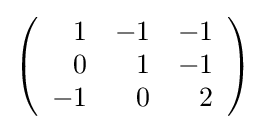
{\textstyle \left({\begin{array}{rrr}1&-1&-1\\0&1&-1\\-1&0&2\\\end{array}}\right)}